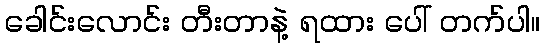
ခေါင်းလောင်း တီးတာနဲ့ ရထား ပေါ် တက်ပါ။